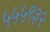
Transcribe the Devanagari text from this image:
५५५९३२